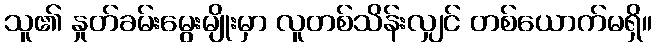
သူ၏ နှုတ်ခမ်းမွေးမျိုးမှာ လူတစ်သိန်းလျှင် တစ်ယောက်မရှိ။